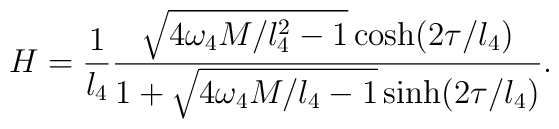
H   =\frac{1}{l_4}\frac{\sqrt{4\omega_4M/l_4^2-1}\cosh(2\tau/l_4)}    {1+\sqrt{4\omega_4M/l_4-1}\sinh(2\tau/l_4)}.